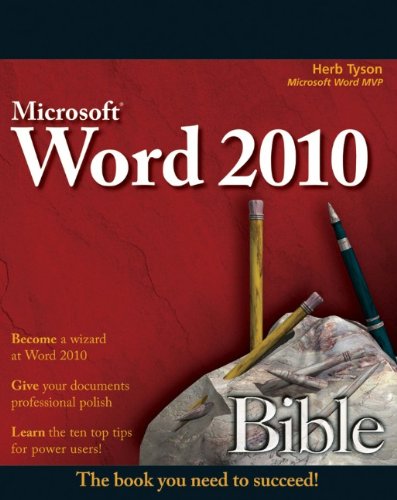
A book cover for Word 2010 Bible; Herb Tyson; Computers & Technology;